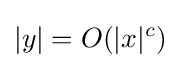
|y|=O(|x|^{c})